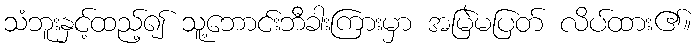
သံဘူးနှင့်ထည့်၍ သူ့ဘောင်းဘီခါးကြားမှာ အမြဲမပြတ် လိပ်ထား၏။